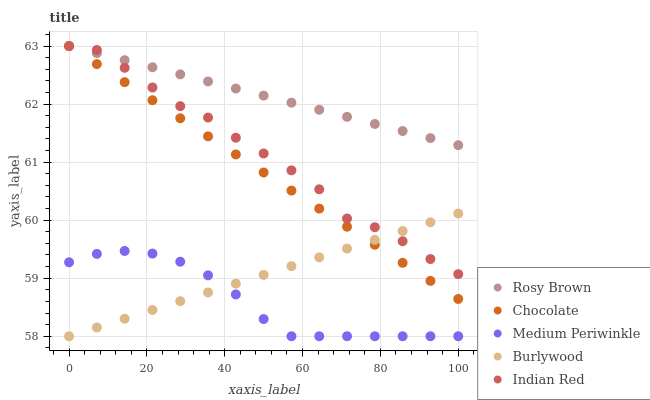
| xaxis_label | Rosy Brown | Chocolate | Medium Periwinkle | Burlywood | Indian Red |
 | --- | --- | --- | --- | --- | --- |
 | 0 | 63 | 63 | 59.3 | 58 | 63 |
 | 7.14 | 62.9 | 62.7 | 59.4 | 58.2 | 62.9 |
 | 14.3 | 62.8 | 62.4 | 59.5 | 58.3 | 62.6 |
 | 21.4 | 62.6 | 62.1 | 59.4 | 58.5 | 62.3 |
 | 28.6 | 62.5 | 61.8 | 59.3 | 58.6 | 62 |
 | 35.7 | 62.4 | 61.4 | 59 | 58.8 | 61.8 |
 | 42.9 | 62.3 | 61.1 | 58.7 | 58.9 | 61.4 |
 | 50 | 62.1 | 60.8 | 58.3 | 59.1 | 61.1 |
 | 57.1 | 62 | 60.5 | 58 | 59.2 | 60.9 |
 | 64.3 | 61.9 | 60.2 | 58 | 59.4 | 60.5 |
 | 71.4 | 61.8 | 59.9 | 58 | 59.5 | 60 |
 | 78.6 | 61.7 | 59.6 | 58 | 59.7 | 59.9 |
 | 85.7 | 61.5 | 59.3 | 58 | 59.8 | 59.6 |
 | 92.9 | 61.4 | 59 | 58 | 60 | 59.3 |
 | 100 | 61.3 | 58.6 | 58 | 60.1 | 59.1 |